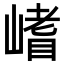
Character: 𭗈